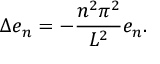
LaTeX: \Delta e _ { n } = - { \frac { n ^ { 2 } \pi ^ { 2 } } { L ^ { 2 } } } e _ { n } .